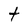
Character: t